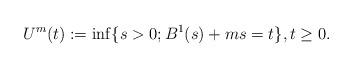
LaTeX: \begin{align*}U^m(t):= \inf\{s>0; B^1(s)+ms=t\}, t \geq 0. \end{align*}